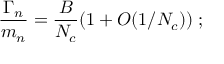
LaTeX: \frac { \Gamma _ { n } } { m _ { n } } = \frac { B } { N _ { c } } ( 1 + { \cal O } ( 1 / N _ { c } ) ) \; ;